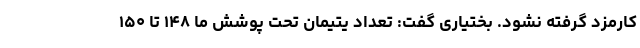
کارمزد گرفته نشود. بختیاری گفت: تعداد یتیمان تحت پوشش ما ۱۴۸ تا ۱۵۰